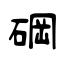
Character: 碙